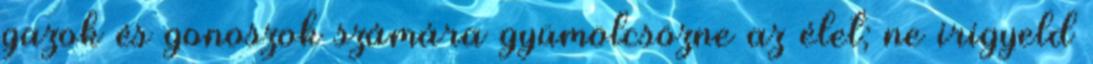
gazok és gonoszok számára gyümölcsözne az élet; ne irigyeld